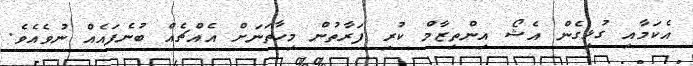
އެކަމާއި ގުޅިގެން އެޝޯ އިންތިޒާމް ކުރި ފަރާތުން މިހާތަނަށް އެއްޗެއް ބުނެފައެއް ނުވެއެވެ.